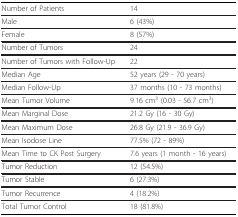
<table><thead><tr><td><b>Number of Patients</b></td><td><b>14</b></td></tr></thead><tbody><tr><td>Male</td><td>6 (43%)</td></tr><tr><td>Female</td><td>8 (57%)</td></tr><tr><td>Number of Tumors</td><td>24</td></tr><tr><td>Number of Tumors with Follow-Up</td><td>22</td></tr><tr><td>Median Age</td><td>52 years (29 - 70 years)</td></tr><tr><td>Median Follow-Up</td><td>37 months (10 - 73 months)</td></tr><tr><td>Mean Tumor Volume</td><td>9.16 cm<sup>3 </sup>(0.03 - 56.7 cm<sup>3</sup>)</td></tr><tr><td>Mean Marginal Dose</td><td>21.2 Gy (16 - 30 Gy)</td></tr><tr><td>Mean Maximum Dose</td><td>26.8 Gy (21.9 - 36.9 Gy)</td></tr><tr><td>Mean Isodose Line</td><td>77.5% (72 - 89%)</td></tr><tr><td>Mean Time to CK Post Surgery</td><td>7.6 years (1 month - 16 years)</td></tr><tr><td>Tumor Reduction</td><td>12 (54.5%)</td></tr><tr><td>Tumor Stable</td><td>6 (27.3%)</td></tr><tr><td>Tumor Recurrence</td><td>4 (18.2%)</td></tr><tr><td>Total Tumor Control</td><td>18 (81.8%)</td></tr></tbody></table>